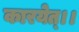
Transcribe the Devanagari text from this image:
कारयेत्।।